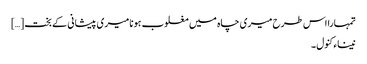
تمہارا اس طرح میری چاہ میں مغلوب ہونا میری پیشانی کے بخت […]
نیناء کنول ۔